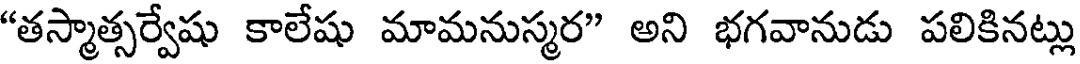
"తస్మాత్సర్వేషు కాలేషు మామనుస్మర" అని భగవానుడు పలికినట్లు